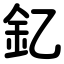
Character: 釔